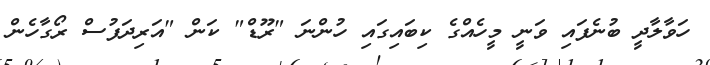
ހަވާލާދީ ބުނެފައި ވަނީ މީހެއްގެ ކިބައިގައި ހުންނަ "ރޫޑް" ކަން "އަރިދަފުސް ރޯގާހެން